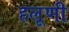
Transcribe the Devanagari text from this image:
हलूणी